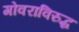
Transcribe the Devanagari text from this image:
गोवराविरुद्ध